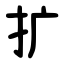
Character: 扩